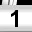
Digit: 1